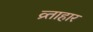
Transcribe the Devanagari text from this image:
व्र्ताहार